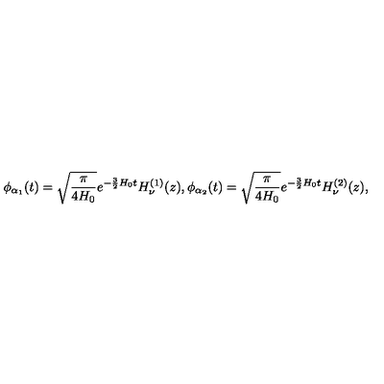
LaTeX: \phi _ { \alpha _ { 1 } } ( t ) = \sqrt { \frac { \pi } { 4 H _ { 0 } } } e ^ { - \frac { 3 } { 2 } H _ { 0 } t } H _ { \nu } ^ { ( 1 ) } ( z ) , \phi _ { \alpha _ { 2 } } ( t ) = \sqrt { \frac { \pi } { 4 H _ { 0 } } } e ^ { - \frac { 3 } { 2 } H _ { 0 } t } H _ { \nu } ^ { ( 2 ) } ( z ) ,